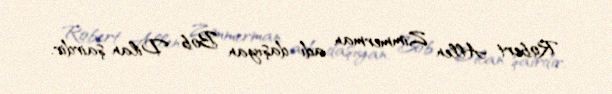
Robert Allen Zimmerman adı daşıyan Bob Dilan şairdir.